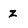
Character: z